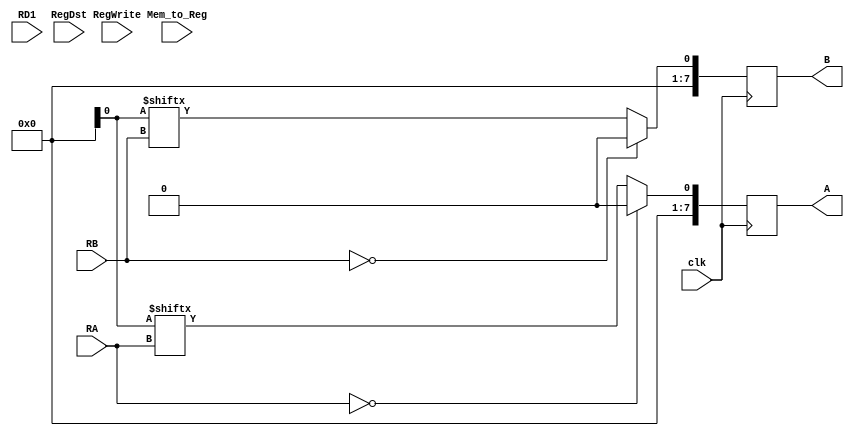
module RegFile(RA,RB,RD1,RegWrite,RegDst,A,B,clk,Mem_to_Reg);
    input [2:0] RA,RB,RD1,RegDst;
    input RegWrite, clk;
    output reg [7:0] A,B;
    input [7:0] Mem_to_Reg;
    
    always@(posedge clk)
        begin
            if(RA==3'b000)
                 A<= #2 0;
            else 
                A<= #2 RegFile[RA];
            if (RB==3'b000)
                B<= #2 0;
            else
                B<= #2 RegFile[RB];
            
            if(RegWrite)
                case(RegDst)
                    RD1: RegFile[RD1] <= #2 Mem_to_Reg;
                    RB: RegFile[RB] <= #2 Mem_to_Reg;
                    default: RegFile[RegDst]<= #2 8'bxxxx;
                endcase
        end
    
endmodule